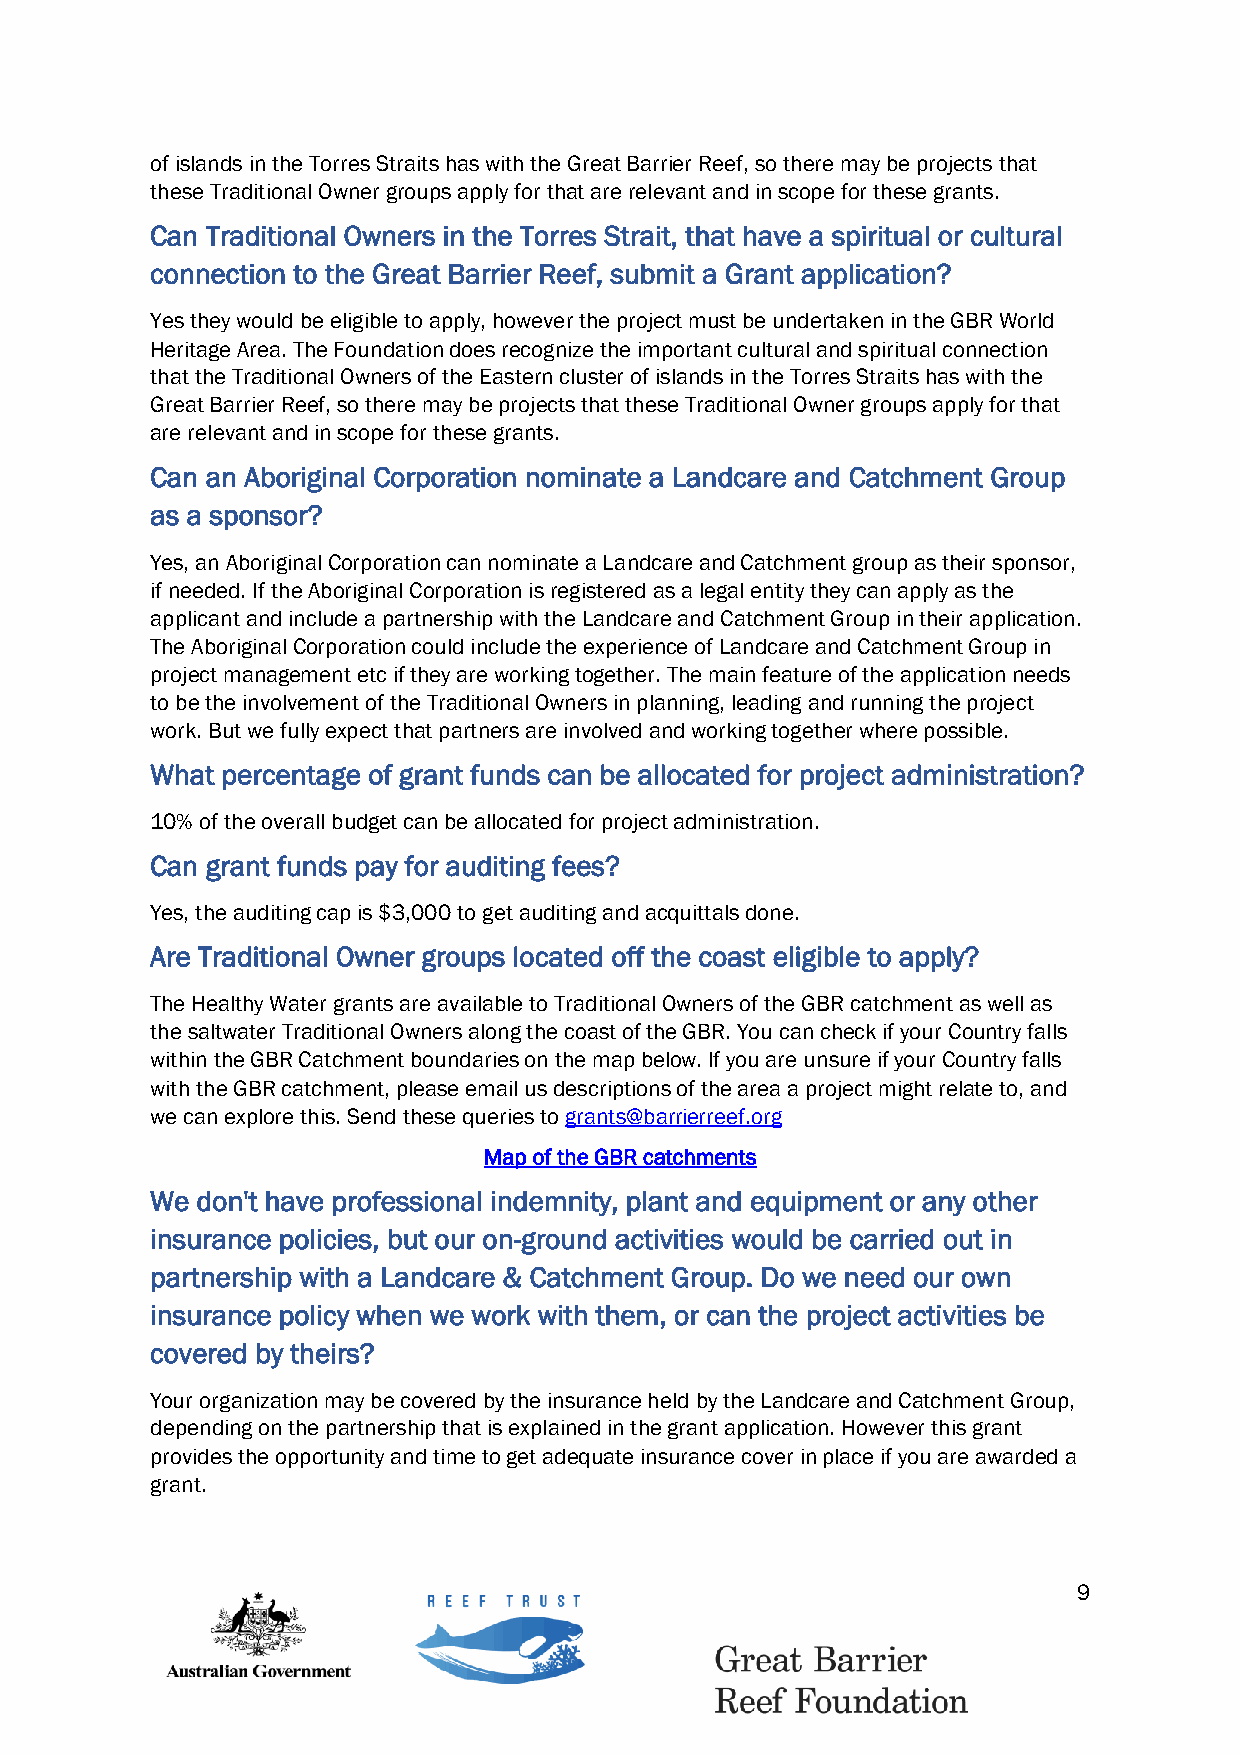
of islands in the Torres Straits has with the Great Barrier Reef, so there may be projects that
 these Traditional Owner groups apply for that are relevant and in scope for these grants.
 Can Traditional Owners in the Torres Strait, that have a spiritual or cultural
 connection to the Great Barrier Reef, submit a Grant application?
 Yes they would be eligible to apply, however the project must be undertaken in the GBR World
 Heritage Area. The Foundation does recognize the important cultural and spiritual connection
 that the Traditional Owners of the Eastern cluster of islands in the Torres Straits has with the
 Great Barrier Reef, so there may be projects that these Traditional Owner groups apply for that
 are relevant and in scope for these grants.
 Can an Aboriginal Corporation nominate a Landcare and Catchment Group
 as a sponsor?
 Yes, an Aboriginal Corporation can nominate a Landcare and Catchment group as their sponsor,
 if needed. If the Aboriginal Corporation is registered as a legal entity they can apply as the
 applicant and include a partnership with the Landcare and Catchment Group in their application.
 The Aboriginal Corporation could include the experience of Landcare and Catchment Group in
 project management etc if they are working together. The main feature of the application needs
 to be the involvement of the Traditional Owners in planning, leading and running the project
 work. But we fully expect that partners are involved and working together where possible.
 What percentage of grant funds can be allocated for project administration?
 10% of the overall budget can be allocated for project administration.
 Can grant funds pay for auditing fees?
 Yes, the auditing cap is $3,000 to get auditing and acquittals done.
 Are Traditional Owner groups located off the coast eligible to apply?
 The Healthy Water grants are available to Traditional Owners of the GBR catchment as well as
 the saltwater Traditional Owners along the coast of the GBR. You can check if your Country falls
 within the GBR Catchment boundaries on the map below. If you are unsure if your Country falls
 with the GBR catchment, please email us descriptions of the area a project might relate to, and
 we can explore this. Send these queries to grants@barrierreef.org
 Map of the GBR catchments
 We don't have professional indemnity, plant and equipment or any other
 insurance policies, but our on-ground activities would be carried out in
 partnership with a Landcare & Catchment Group. Do we need our own
 insurance policy when we work with them, or can the project activities be
 covered by theirs?
 Your organization may be covered by the insurance held by the Landcare and Catchment Group,
 depending on the partnership that is explained in the grant application. However this grant
 provides the opportunity and time to get adequate insurance cover in place if you are awarded a
 grant.
 9